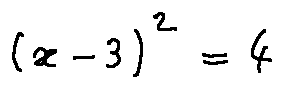
( x - 3 ) ^ { 2 } = 4